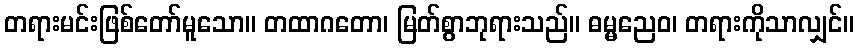
တရားမင်းဖြစ်တော်မူသော။ တထာဂတော၊ မြတ်စွာဘုရားသည်။ ဓမ္မညေဝ၊ တရားကိုသာလျှင်။